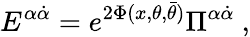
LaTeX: {E}^{\alpha\dot{\alpha}}=e^{2\Phi(x,\theta,\bar{\theta})}\Pi^{\alpha\dot{\alpha}}~,